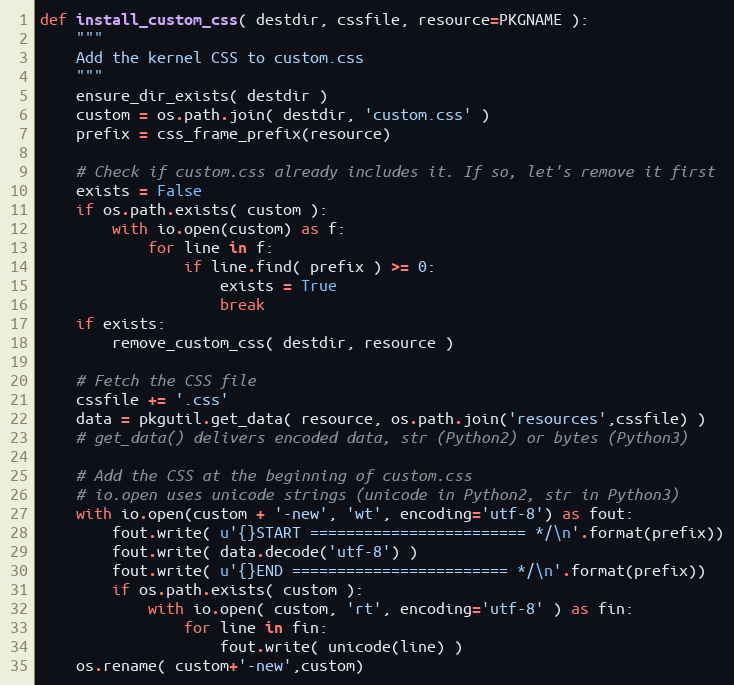
Language: Python
def install_custom_css( destdir, cssfile, resource=PKGNAME ):
    """
    Add the kernel CSS to custom.css
    """
    ensure_dir_exists( destdir )
    custom = os.path.join( destdir, 'custom.css' )
    prefix = css_frame_prefix(resource)

    # Check if custom.css already includes it. If so, let's remove it first
    exists = False
    if os.path.exists( custom ):
        with io.open(custom) as f:
            for line in f:
                if line.find( prefix ) >= 0:
                    exists = True
                    break
    if exists:
        remove_custom_css( destdir, resource )

    # Fetch the CSS file
    cssfile += '.css'
    data = pkgutil.get_data( resource, os.path.join('resources',cssfile) )
    # get_data() delivers encoded data, str (Python2) or bytes (Python3)

    # Add the CSS at the beginning of custom.css
    # io.open uses unicode strings (unicode in Python2, str in Python3)
    with io.open(custom + '-new', 'wt', encoding='utf-8') as fout:
        fout.write( u'{}START ======================== */\n'.format(prefix))
        fout.write( data.decode('utf-8') )
        fout.write( u'{}END ======================== */\n'.format(prefix))
        if os.path.exists( custom ):
            with io.open( custom, 'rt', encoding='utf-8' ) as fin:
                for line in fin:
                    fout.write( unicode(line) )
    os.rename( custom+'-new',custom)